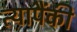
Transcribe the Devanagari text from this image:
त्यापैंकी